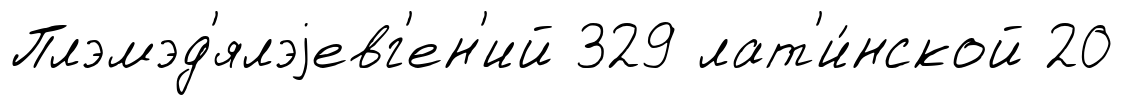
Плэмэд'ялэjевг'ен'ий 329 лат'и́нской 20